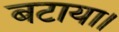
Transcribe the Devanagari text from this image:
बटाया।